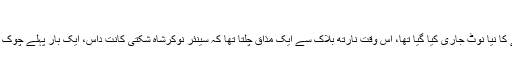
آر بی آئی کے نئے گورنر شکتی کانت داس (فوٹو : پی ٹی آئی)
نئی دہلی: مئی، 2017 میں جب وزارت خزانہ کے ذریعے ایک روپے کا نیا نوٹ جاری کیا گیا تھا، اس وقت نارتھ بلاک سے ایک مذاق چلتا تھا کہ سینئر نوکرشاہ شکتی کانت داس، ایک بار پہلے چوک جانے کے بعد آخرکار ریزرو بینک آف انڈیاکے اگلے گورنر بنیں‌گے؟